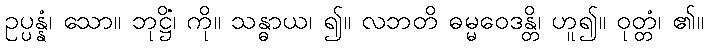
ဥပ္ပန္နံ၊ သော။ ဘုဋ္ဌိံ၊ ကို။ သန္ဓာယ၊ ၍။ လဘတိ ဓမ္မဝေဒန္တိ၊ ဟူ၍။ ဝုတ္တံ၊ ၏။